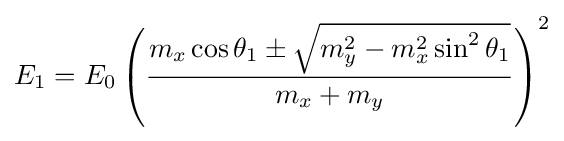
E_{1}=E_{0}\left({\frac {m_{x}\cos \theta _{1}\pm {\sqrt {m_{y}^{2}-m_{x}^{2}\sin ^{2}\theta _{1}}}}{m_{x}+m_{y}}}\right)^{2}